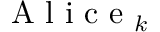
\mathrm { ~ A ~ l ~ i ~ c ~ e ~ } _ { k }